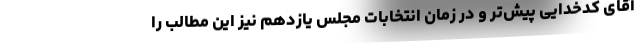
آقای کدخدایی پیش‌تر و در زمان انتخابات مجلس یازدهم نیز این مطالب را